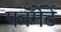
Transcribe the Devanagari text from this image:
फॉर्मेटें